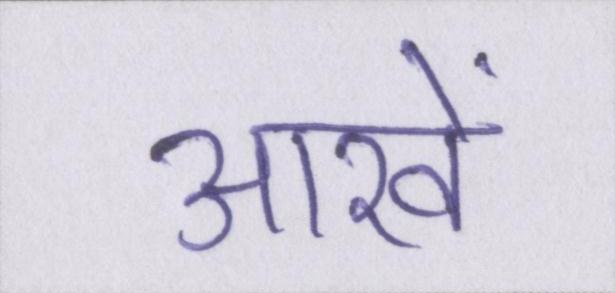
आखें